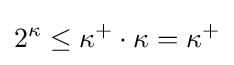
2^{\kappa }\leq \kappa ^{+}\cdot \kappa =\kappa ^{+}